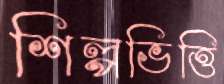
শিল্পভিত্তি